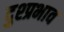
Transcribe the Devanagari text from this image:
दुश्प्रभाव